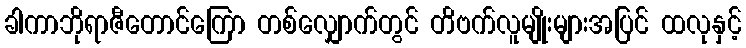
ခါကာဘိုရာဇီတောင်ကြော တစ်လျှောက်တွင် တိဗက်လူမျိုးများအပြင် ထလုနှင့်